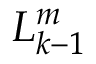
L _ { k - 1 } ^ { m }